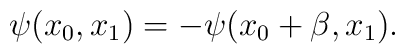
\psi (x_{0},x_{1})=-\psi (x_{0}+\beta ,x_{1}).